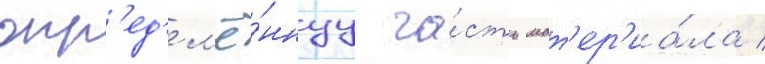
опр'ед'ел'ё́ннуу ча́сть мат'ер'иа́ла /